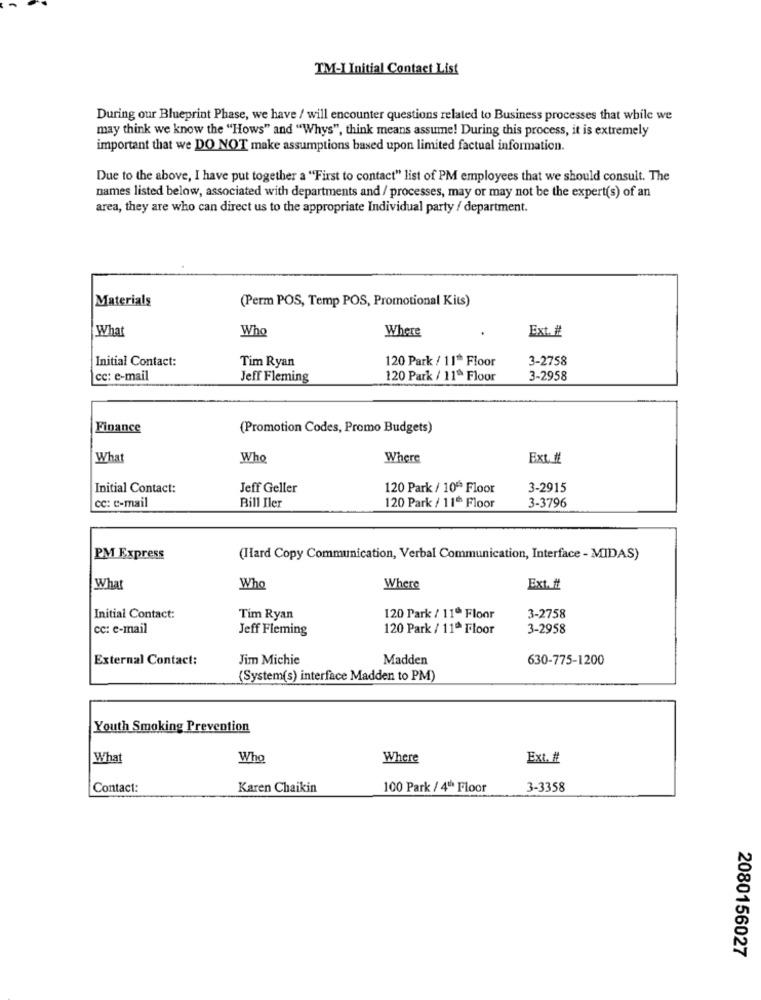
TM-I Initial Contact List
During our Blueprint Phase, we have / will encounter questions related to Business processes that while we
may think we know the "Hows" and "Whys", think means assume! During this process, it is extremely
important that we DO NOT make assumptions based upon limited factual information.
Due to the above, I have put together a "First to contact" list of PM employees that we should consult. The
names listed below, associated with departments and / processes, may or may not be the expert(s) of an
area, they are who can direct us to the appropriate Individual party / department.
Materials
(Perm POS, Temp POS, Promotional Kits)
What
Who
Where
Ext. #
Initial Contact:
120 Park / 11* Floor
3-2758
Tim Ryan
cc: e-mail
Jeff Fleming
120 Park / 11ª Floor
3-2958
Finance
(Promotion Codes, Promo Budgets)
What
Who
Where
Ext. #
Initial Contact:
Jeff Geller
120 Park / 10ªª Floor
3-2915
Bill Iler
cc: e-mail
120 Park / 11 Floor
3-3796
PM Express
(Hard Copy Communication, Verbal Communication, Interface - MIDAS)
What
Who
Where
Ext. #t
Initial Contact:
Tim Ryan
120 Park / 11ª Floor
3-2758
cc: e-mail
Jeff Fleming
120 Park / 11ª Floor
3-2958
External Contact:
Jim Michie
Madden
630-775-1200
(System(s) interface Madden to PM)
Youth Smoking Prevention
What
Who
Where
Ext. #
Contact:
Karen Chaikin
100 Park / 4th Floor
3-3358
2080156027